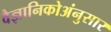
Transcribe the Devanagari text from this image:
वैज्ञानिकोअंनुसार